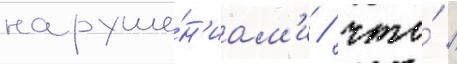
наруше́н'иам'и / что́ /